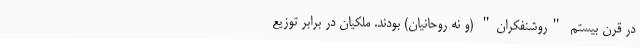
در قرن بیستم "روشنفکران" (و نه روحانیان) بودند. ملکیان در برابر توزیع